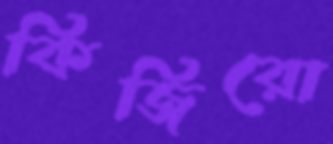
কিজিরো